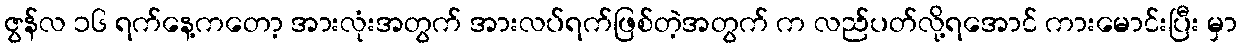
ဇွန်လ ၁၆ ရက်နေ့ကတော့ အားလုံးအတွက် အားလပ်ရက်ဖြစ်တဲ့အတွက် က လည်ပတ်လို့ရအောင် ကားမောင်းပြီး မှာ